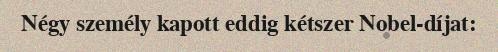
Négy személy kapott eddig kétszer Nobel-díjat: